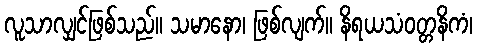
လူသာလျှင်ဖြစ်သည်။ သမာနော၊ ဖြစ်လျက်။ နိရယသံဝတ္တနိကံ၊